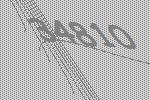
34810